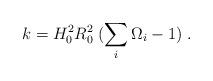
\begin{align*} k = H_0^2 R_0^2 \; (\sum_i \Omega_i - 1 ) \; .\end{align*}